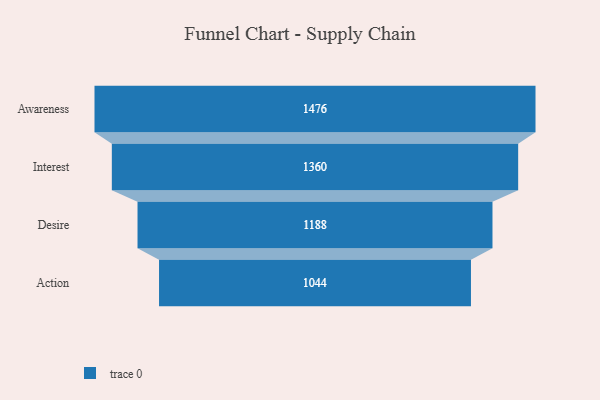
{"axis": {"x": "Stage", "y": "Value"}, "legend": [""], "data": [{"x": "Awareness", "y": 1476.0, "type": ""}, {"x": "Interest", "y": 1360.0, "type": ""}, {"x": "Desire", "y": 1188.0, "type": ""}, {"x": "Action", "y": 1044.0, "type": ""}]}